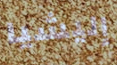
إليشيا